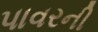
પાવરની